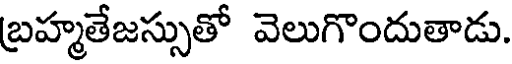
బ్రహ్మతేజస్సుతో వెలుగొందుతాడు.